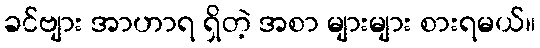
ခင်ဗျား အာဟာရ ရှိတဲ့ အစာ များများ စားရမယ်။